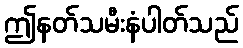
ဤနတ်သမီးနံပါတ်သည်